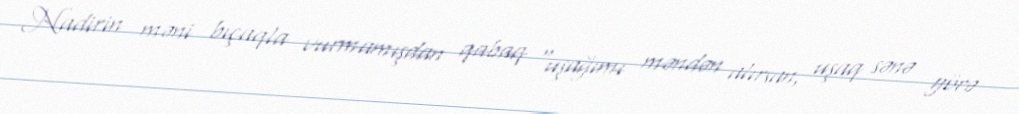
Nadirin məni bıçaqla vurmamışdan qabaq “uşağımı məndən alırsan, uşaq sənə görə